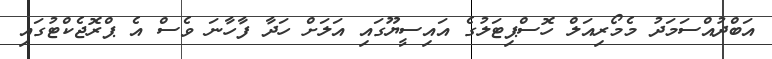
އަބްދުއްސަމަދު މެމޯރިއަލް ހޮސްޕިޓަލުގެ އައިސީޔޫގައި އަލަށް ހަދާ ފާހާނަ ވެސް އެ ޕްރޮޖެކްޓުގައި